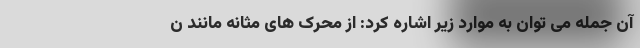
آن جمله می توان به موارد زیر اشاره کرد: از محرک های مثانه مانند ن